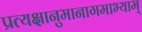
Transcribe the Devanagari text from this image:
प्रत्यक्षानुमानागमाभ्याम्